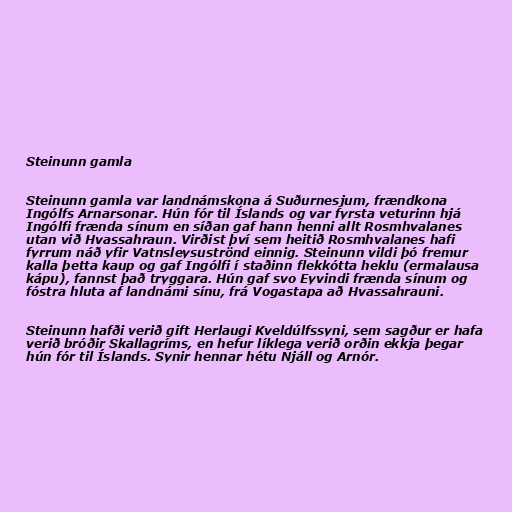
Steinunn gamla

Steinunn gamla var landnámskona á Suðurnesjum, frændkona
Ingólfs Arnarsonar. Hún fór til Íslands og var fyrsta veturinn hjá
Ingólfi frænda sínum en síðan gaf hann henni allt Rosmhvalanes
utan við Hvassahraun. Virðist því sem heitið Rosmhvalanes hafi
fyrrum náð yfir Vatnsleysuströnd einnig. Steinunn vildi þó fremur
kalla þetta kaup og gaf Ingólfi í staðinn flekkótta heklu (ermalausa
kápu), fannst það tryggara. Hún gaf svo Eyvindi frænda sínum og
fóstra hluta af landnámi sínu, frá Vogastapa að Hvassahrauni.

Steinunn hafði verið gift Herlaugi Kveldúlfssyni, sem sagður er hafa
verið bróðir Skallagríms, en hefur líklega verið orðin ekkja þegar
hún fór til Íslands. Synir hennar hétu Njáll og Arnór.